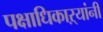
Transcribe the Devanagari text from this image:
पक्षाधिकाऱ्यांनी